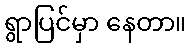
ရွာပြင်မှာ နေတာ။